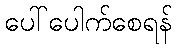
ပေါ်ပေါက်စေရန်